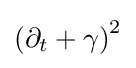
\left(\partial _{t}+\gamma \right)^{2}